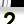
Digit: 2